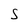
Character: S